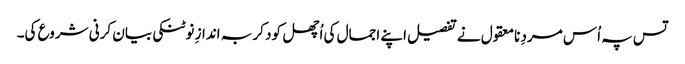
تس پہ اُس مردِ نامعقول نے تفصیل اپنے اجمال کی اُچھل کود کر بہ اندازِ نوٹنکی بیان کرنی شروع کی۔